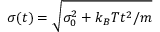
\sigma ( t ) = \sqrt { \sigma _ { 0 } ^ { 2 } + k _ { B } T t ^ { 2 } / m }